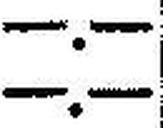
—.—